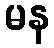
မန